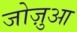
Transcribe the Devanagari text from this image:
जोज़ुआ